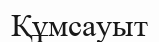
Құмсауыт